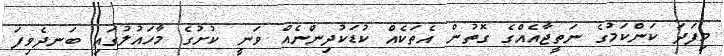
މިފަދަ ކަންކަމުގެ ނަތީޖާއެއްގެ ގޮތުން އެތަކެއް ކުޑަކުދިންނެއް ވަނީ ކުށުގެ މާހައުލުގައި ބަނދެވިފަ